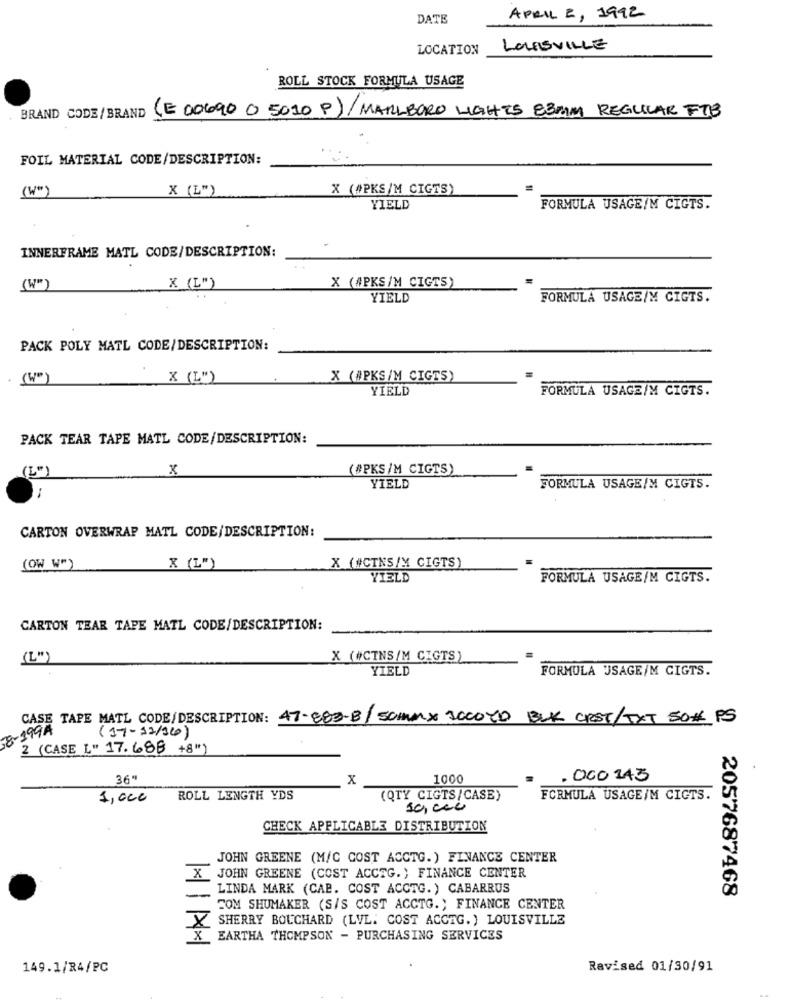
DATE
APRIL 2, 1992
LOCATION
LOLAISVILLE
ROLL STOCK FORMULA USAGE
BRAND CODE/BRAND (E 00690 0 5010 P)/MARLBORO LIGHTS E3MM REGULAR FTB
FOIL MATERIAL CODE/DESCRIPTION:
(W"
X (L")
X (#PKS/M CIGTS)
YIELD
FORMULA USAGE/M CIGTS.
INNERFRAME MATL CODE/DESCRIPTION:
(W"
X (L")
X (#PKS/M CIGTS)
YIELD
FORMULA USAGE/M CIGTS.
PACK POLY MATL CODE/DESCRIPTION:
(We)
X (L")
X (#PKS/M CIGTS)
YIELD
FORMULA USAGE/M CIGTS.
PACK TEAR TAPE MATL CODE/DESCRIPTION:
(ØPKS/M CIGTS)
(LO)
YIELD
FORMULA USAGE/M CIGTS.
CARTON OVERWRAP MATL CODE/DESCRIPTION:
X (#CTNS/M CIGTS)
(OW W")
X (L")
YIELD
FORMULA USAGE/M CIGTS.
CARTON TEAR TAPE MATL CODE/DESCRIPTION:
(L")
X (#CINS/M CIGTS)
YIELD
FORMULA USAGE/M CIGTS.
CASE TAPE MAIL CODE/DESCRIPTION: 47-883-B/SOMMX 3000YD BLK CRST/TXT 50# PS
8-199A
(17-12/16)
2 (CASE L" 17. 688 +8")
36"
x
1000
.000 143
1,000
ROLL LENGTH YDS
(QTY CIGTS/CASE)
FORMULA USAGE/M CICTS.
50, 000
CHECK APPLICABLE DISTRIBUTION
JOHN GREENE (M/C COST ACCTG. ) FINANCE CENTER
JOHN GREENE (COST ACCTG.) FINANCE CENTER
LINDA MARK (CAB. COST ACCTG. ) CABARRUS
2057687468
COM SHUMAKER (S/S COST ACCTG .; FINANCE CENTER
SHERRY BOUCHARD (LVL. COST ACCTG. ) LOUISVILLE
X EARTHA THOMPSON - PURCHASING SERVICES
149.1/R4/PC
Revised 01/30/91